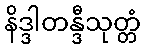
နိဒ္ဒါတန္ဒီသုတ္တံ